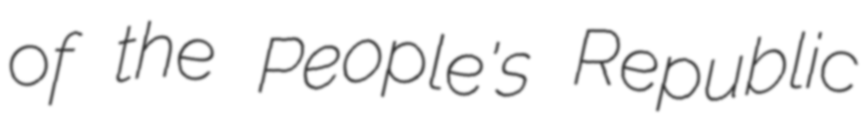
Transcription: of the People's Republic